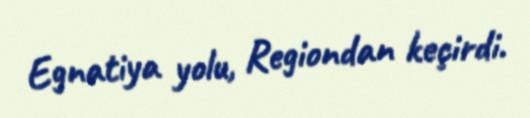
Egnatiya yolu, Regiondan keçirdi.